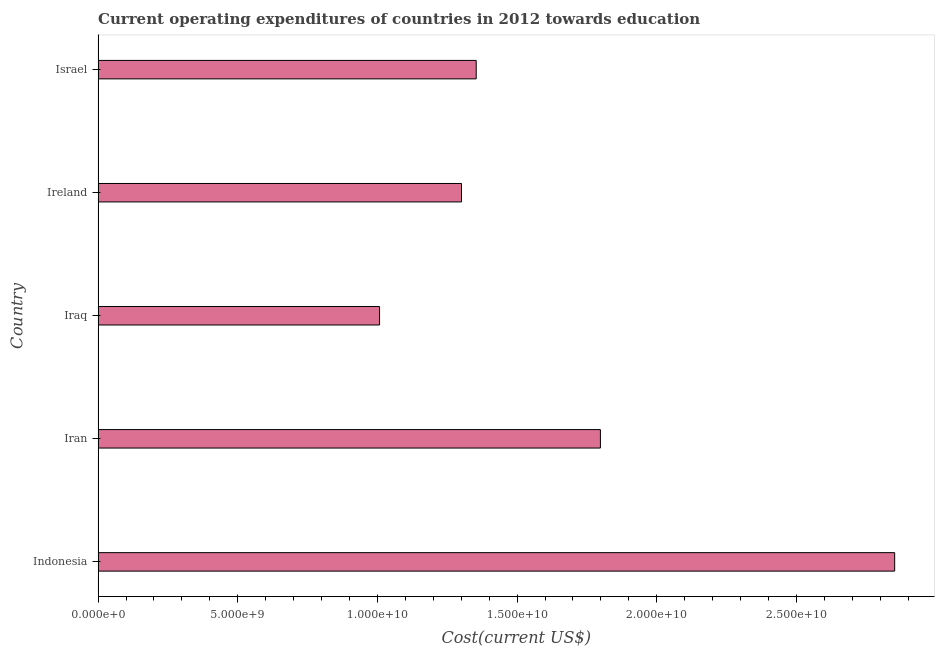
| Country | Education expenditure |
 | --- | --- |
 | Indonesia | 2.85e+10 |
 | Iran | 1.8e+10 |
 | Iraq | 1.01e+10 |
 | Ireland | 1.3e+10 |
 | Israel | 1.35e+10 |